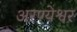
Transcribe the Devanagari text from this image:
अरण्येश्वर